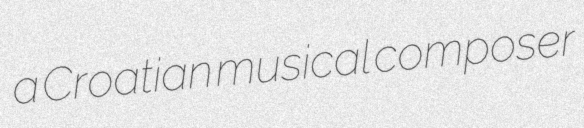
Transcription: a Croatian musical composer